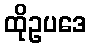
ထိုဥပဒေ